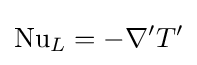
\mathrm {Nu} _{L}=-\nabla 'T'